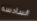
السادسه